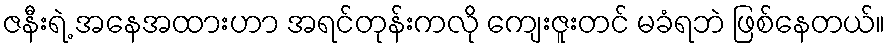
ဇနီးရဲ့ အနေအထားဟာ အရင်တုန်းကလို ကျေးဇူးတင် မခံရဘဲ ဖြစ်နေတယ်။